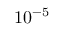
1 0 ^ { - 5 }